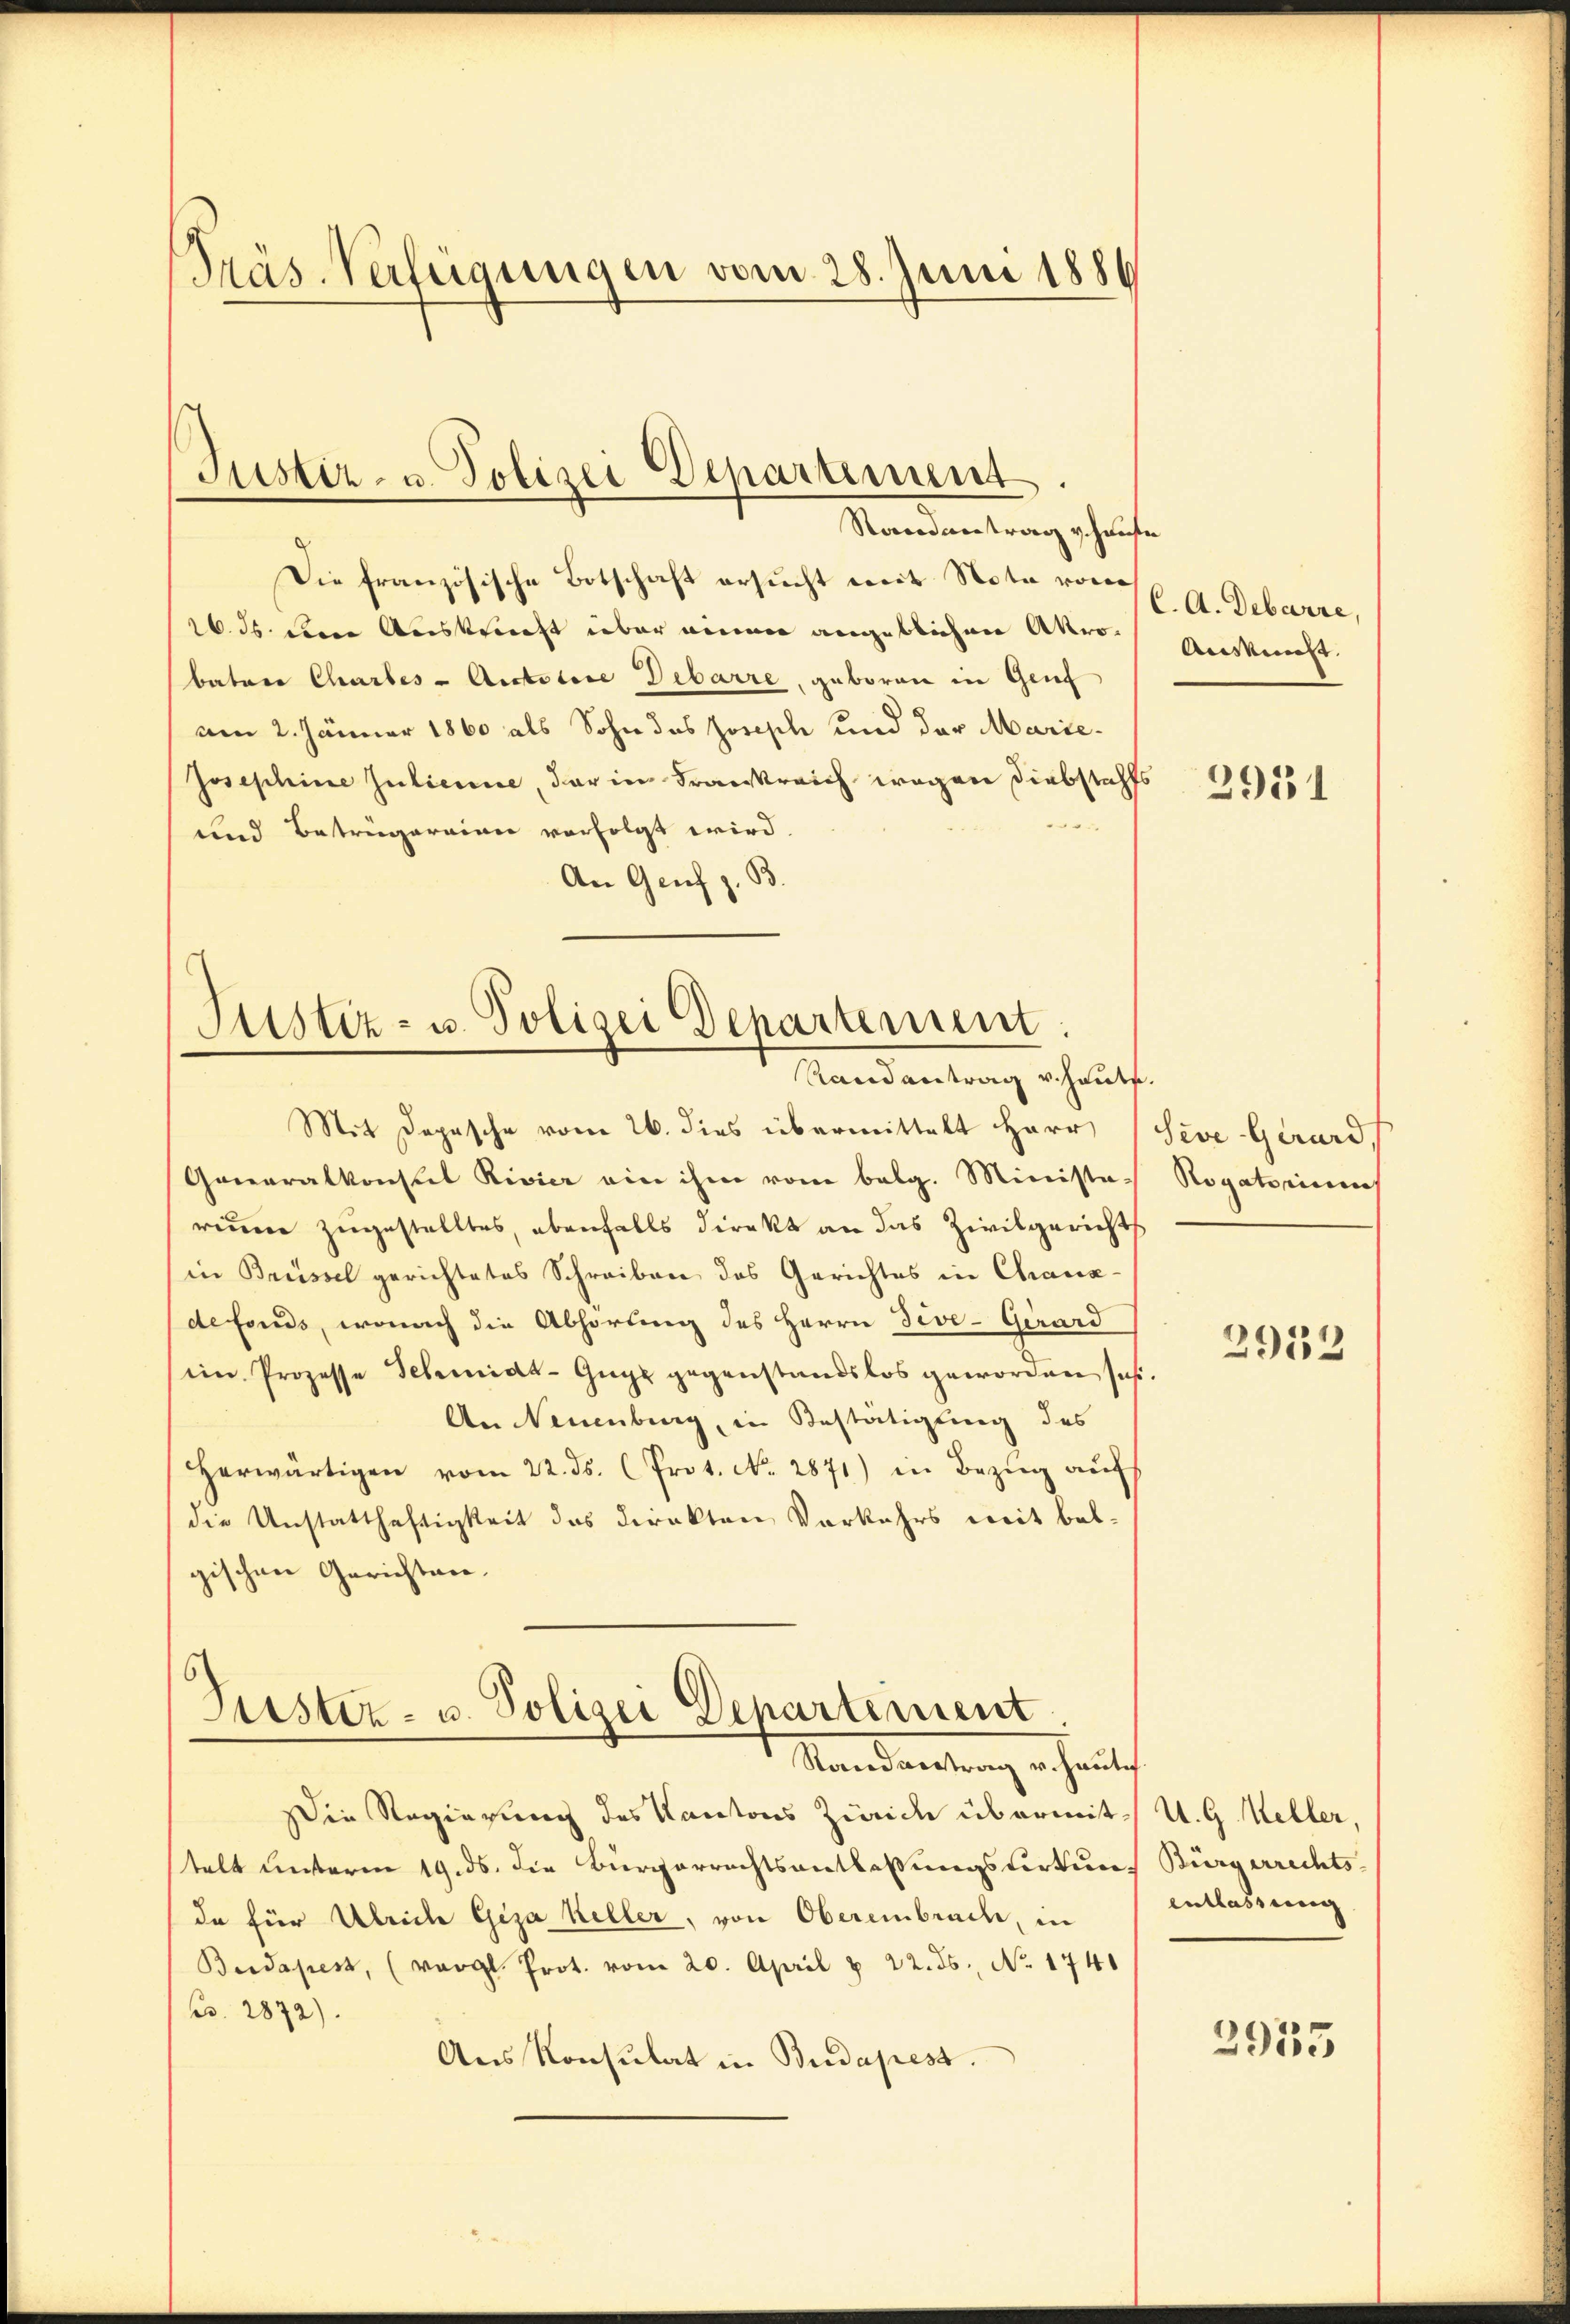
Präs. Verfügungen vom 28. Juni 1886

Die französische Botschaft ersucht mit Nota von
26. ds. dene Auskunft über einen angeblichen Akro-
bature Charbes-Artotere Debarre, geboren in Grif
am 2. Jänner 1860 als Sohn des Joseph und der Marie¬
Josephine Julienne, der in Frankreich wegen Diebstahls
e
und Betrügeraien vorfolgt wird.
An Genf z. B.

Justiz- u. Polizei Departement
Randantrag vohaufe

Justiz- u. Polizei Departement
Randantrag v. Haute.

Mit Depesche vom 26. dies übermittelt Herr
Generalkonsul Rivier ein ihm vom belg. Minista-
reuere zugestelltes, ebenfalls direkt an das Zivilgerichts
in Brüssel gerichtetes Schreiben des Gerichtes in Chaux-
defonds, wonach die Abhörung des Herrn Teve-Gerard
iin Prozesse Schmidt-Guge gegenstandslos geworden sehe.
An Neuenburg, in Bestätigung des
herwärtigen vom 22. ds. Prot. No. 2871) in Bezŭg aŭf
die Unstatthaftigkeit das direkten Vorkehrs weit balgischen Gerichten.

Justiz- u. Polizei Departement
Mandantung erheits

Die Regierung des Kantons Zweide übermittelt unterm 19. ds. die Bürgerrechtsentlassungsvertung
da für Ulrich Giza Keller, von Obereinbrach, in
Berdapest, (vergl. Prot. vom 20. April & 22. ds., No. 1740
Bs. 2872)
Ans Konsulat in Budapest.

C. A. Debarre,
Ausknecht.

2951

Seve-Gerard,
Rogatoriums

2932

U. G. Meller,
Bürgerrechts-
entlassung

2955